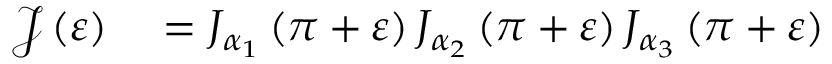
\begin{array} { r l } { \mathcal { J } \left( \varepsilon \right) } & { { } = J _ { \alpha _ { 1 } } \left( \pi + \varepsilon \right) J _ { \alpha _ { 2 } } \left( \pi + \varepsilon \right) J _ { \alpha _ { 3 } } \left( \pi + \varepsilon \right) } \end{array}